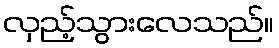
လှည့်သွားလေသည်။